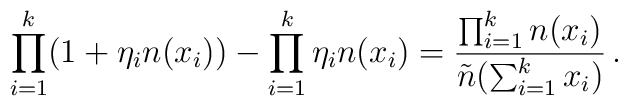
\prod_{i=1}^k \bigl(1+\eta_i n(x_i)\bigr) -   \prod_{i=1}^k \eta_i n(x_i) =     {\prod_{i=1}^k n(x_i) \over \tilde{n}(\sum_{i=1}^k x_i)}\, .